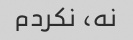
نه، نکردم